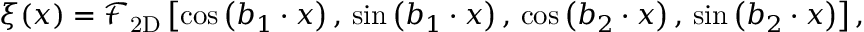
\begin{array} { r } { \xi ( { \boldsymbol x } ) = \mathcal { F } _ { \mathrm { 2 D } } \left[ \cos \left( { \boldsymbol b _ { 1 } } \cdot { \boldsymbol x } \right) , \, \sin \left( { \boldsymbol b _ { 1 } } \cdot { \boldsymbol x } \right) , \, \cos \left( { \boldsymbol b _ { 2 } } \cdot { \boldsymbol x } \right) , \, \sin \left( { \boldsymbol b _ { 2 } } \cdot { \boldsymbol x } \right) \right] , } \end{array}